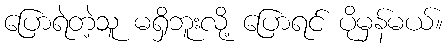
ပြောရဲတဲ့သူ မရှိဘူးလို့ ပြောရင် ပိုမှန်မယ်။